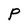
Character: P